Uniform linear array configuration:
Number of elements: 64
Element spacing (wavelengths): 0.25
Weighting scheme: binomial
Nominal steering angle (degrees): -60
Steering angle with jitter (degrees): -60.712
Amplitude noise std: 0.05
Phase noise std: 0.05

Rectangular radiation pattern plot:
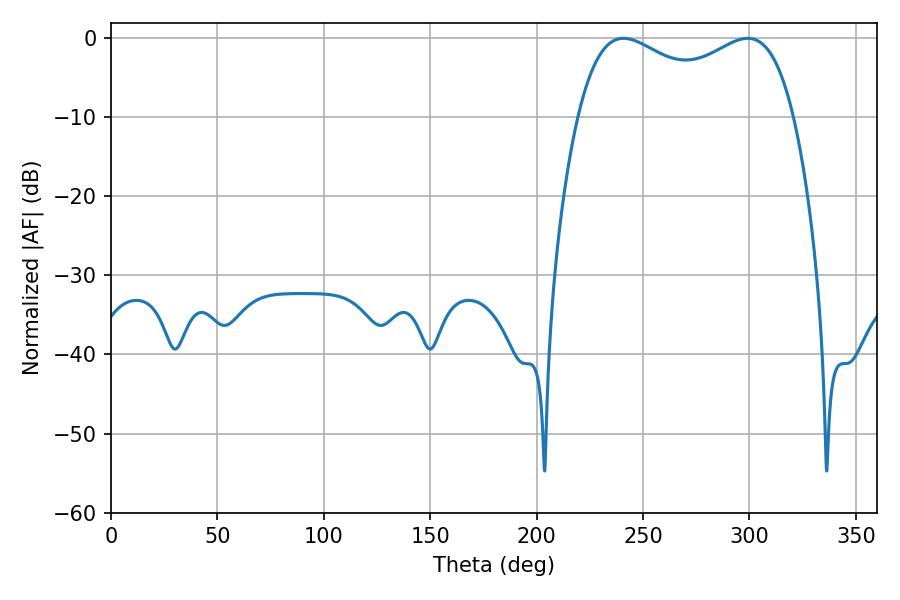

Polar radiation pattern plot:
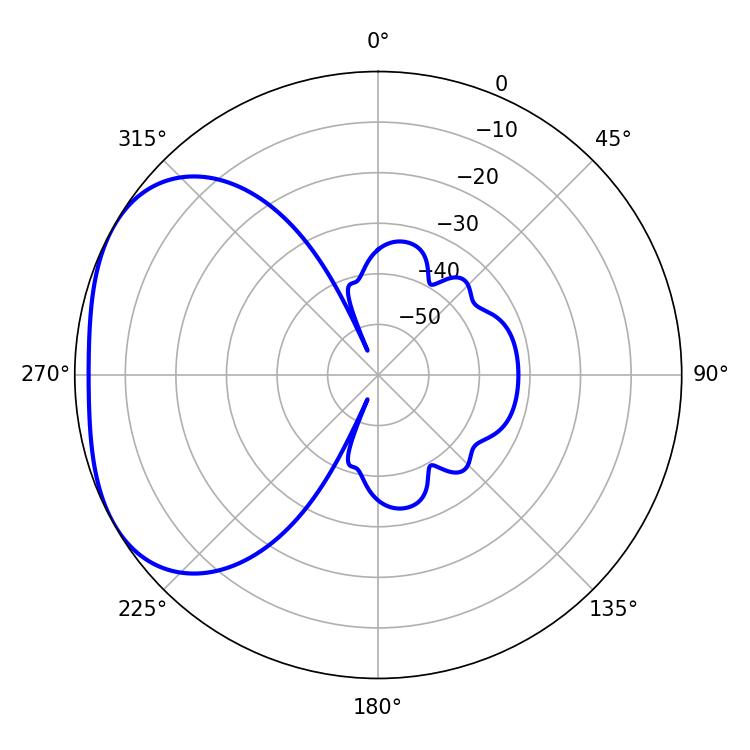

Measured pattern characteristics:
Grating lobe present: FALSE
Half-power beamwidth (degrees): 84.24
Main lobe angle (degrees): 240.84